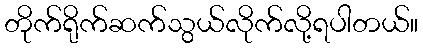
တိုက်ရိုက်ဆက်သွယ်လိုက်လို့ရပါတယ်။